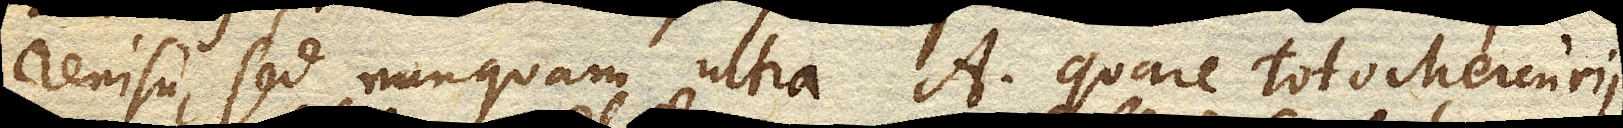
renisu, sed nunquam ultra a. Quare toto Mercurii